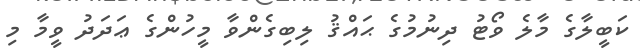
ކަބީލާގެ މާލެ ވޯޓު ދިނުމުގެ ޙައްޤު ލިބިގެންވާ މީހުންގެ ޢަދަދު ވީމާ މި